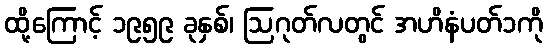
ထို့ကြောင့် ၁၉၅၉ ခုနှစ်၊ ဩဂုတ်လတွင် အဟိနံပတ်၁ကို